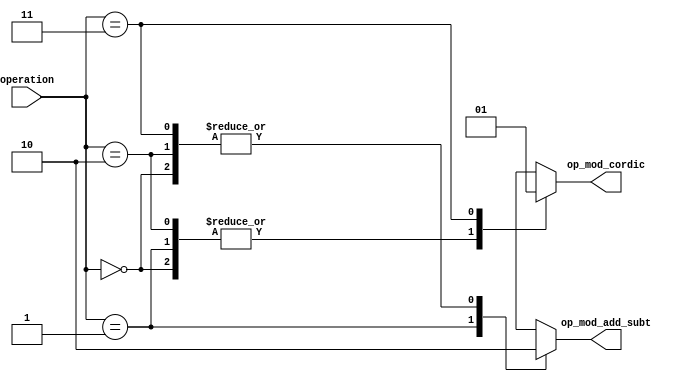
`timescale 1ns / 1ps

module deco_op
(
input wire [1:0] operation,
output reg op_mod_add_subt,
output reg op_mod_cordic
);
always @*
    begin
        case(operation)
            2'b00:
            begin
                op_mod_add_subt = 1'b0;
                op_mod_cordic = 1'b0;
            end
            2'b01:
            begin
                op_mod_add_subt = 1'b1;
                op_mod_cordic = 1'b0;
            end
            2'b10:
            begin
                op_mod_add_subt = 1'b0;
                op_mod_cordic = 1'b0;
            end
            2'b11:
            begin
                op_mod_add_subt = 1'b0;
                op_mod_cordic = 1'b1;
            end
            default:
            begin
                op_mod_add_subt = 1'b0;
                op_mod_cordic = 1'b0;
            end
        endcase
    end
endmodule